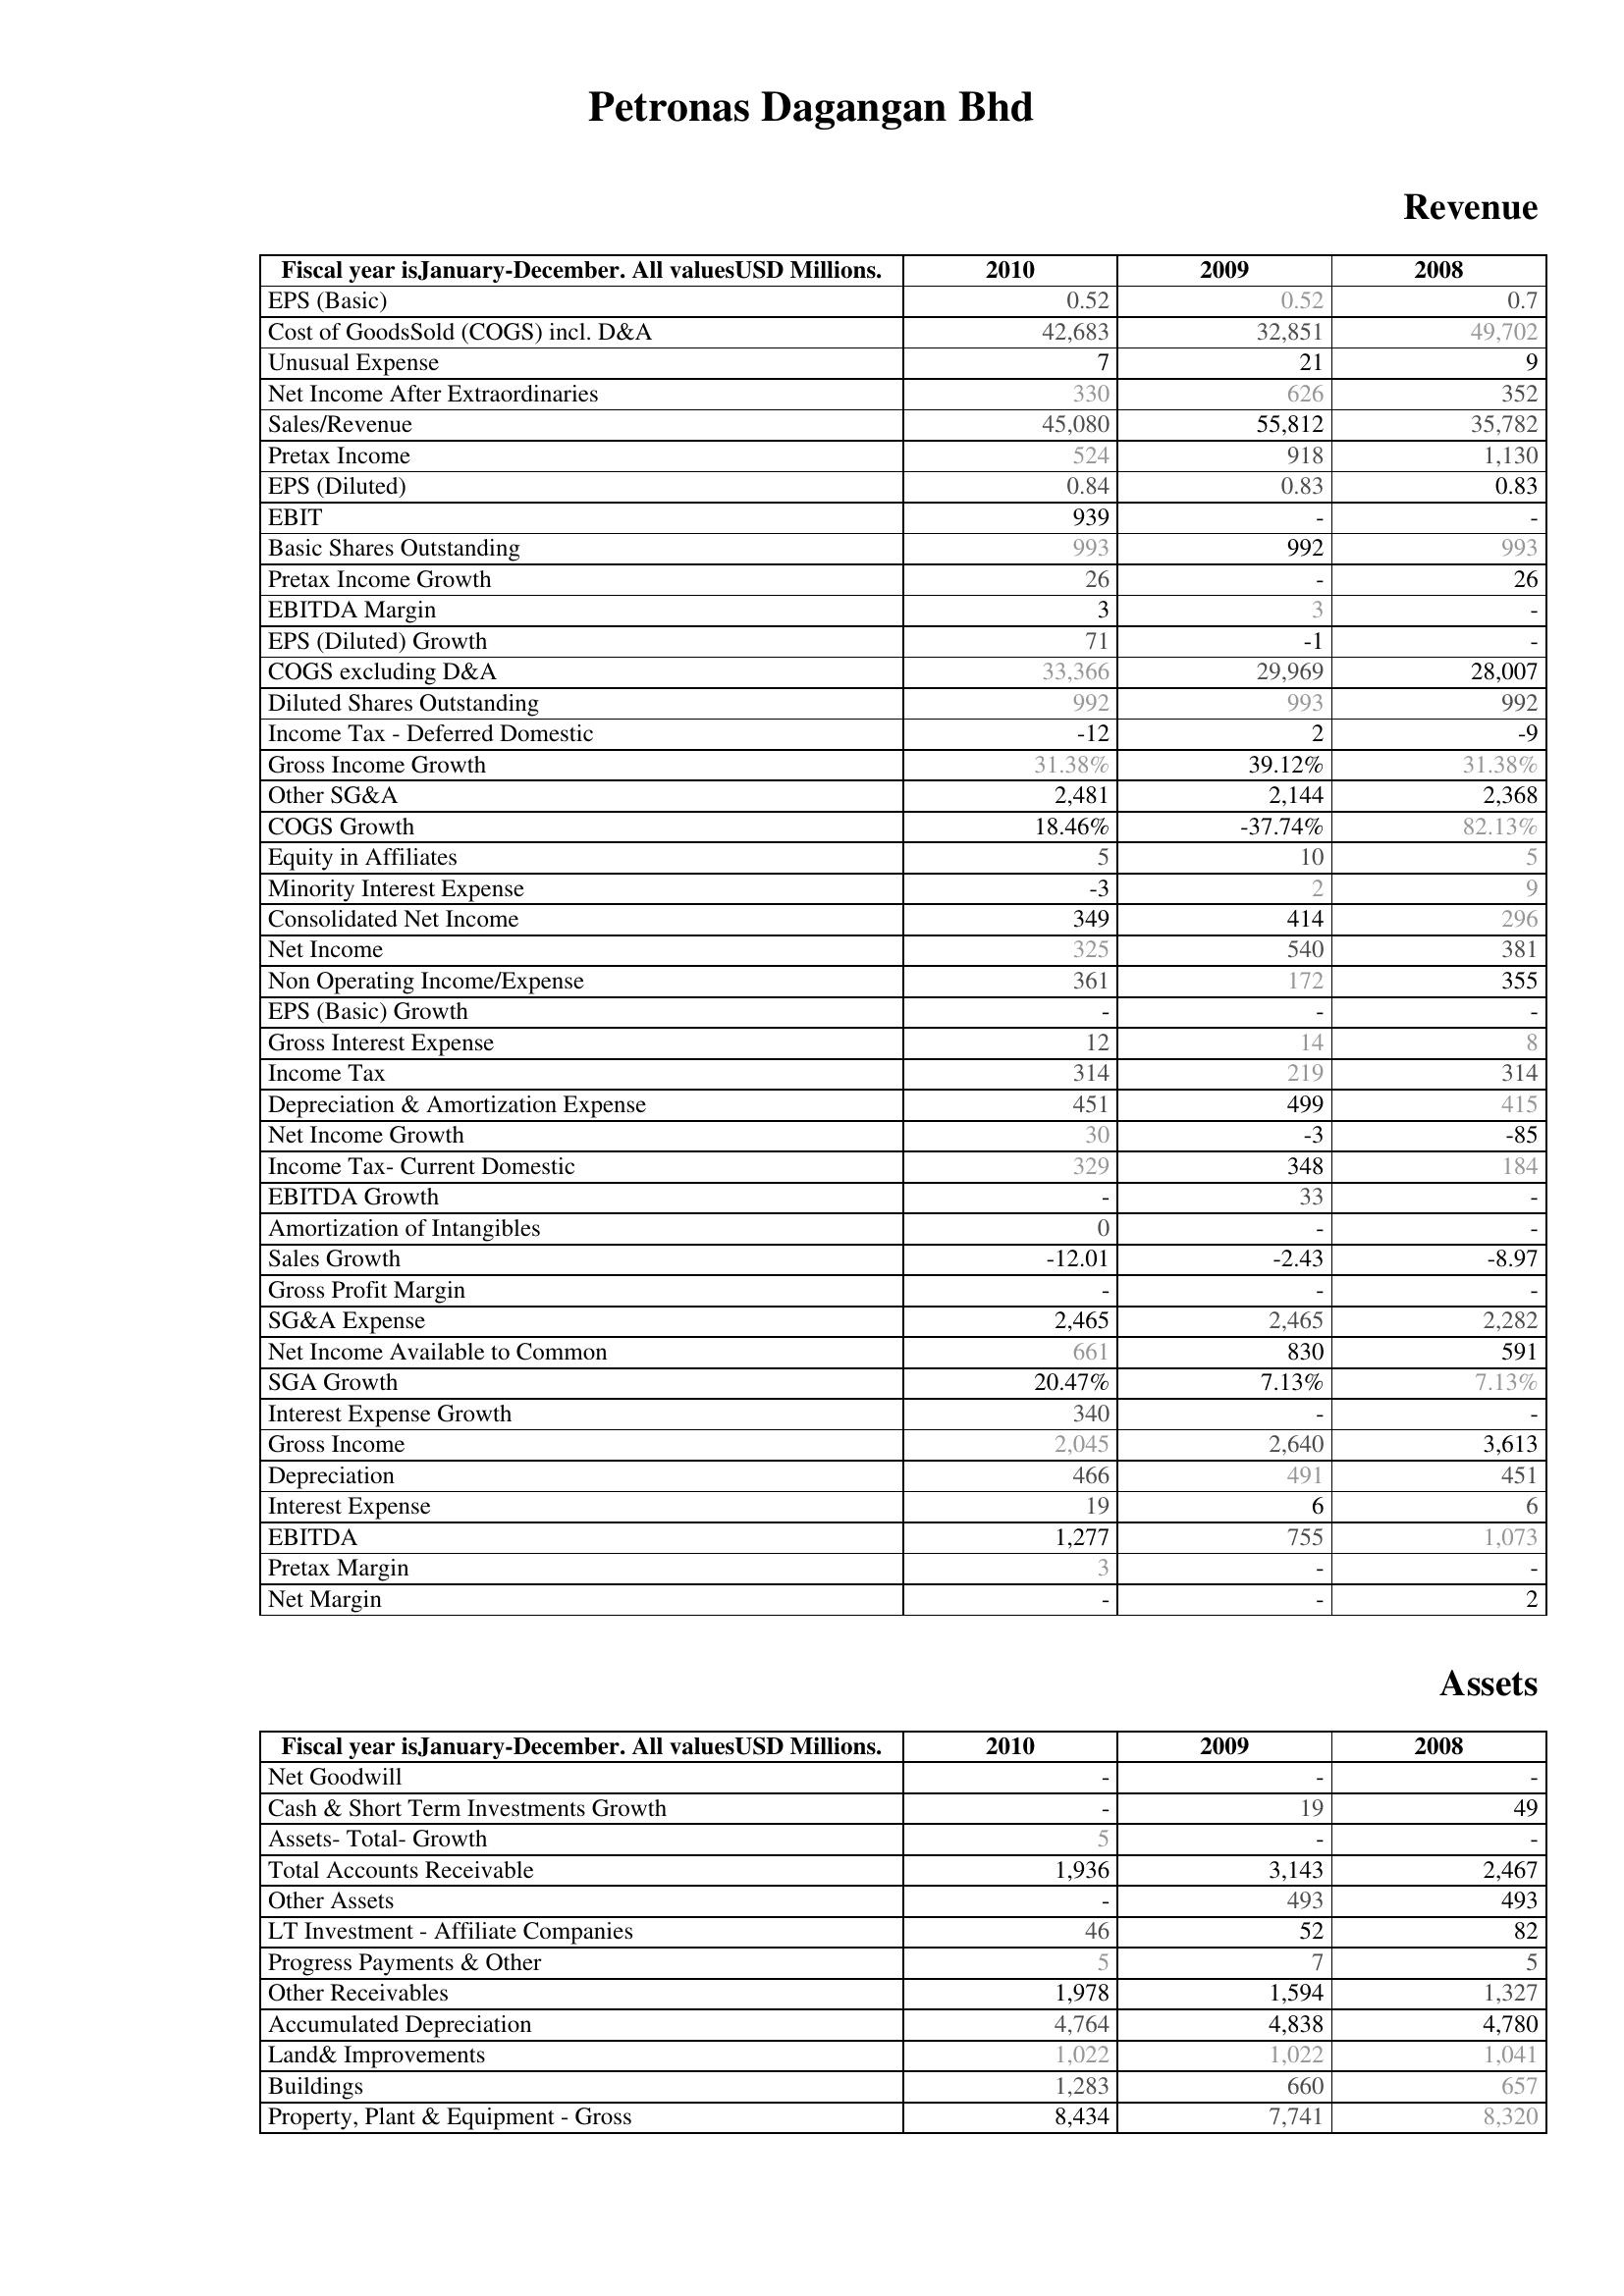
2010: Revenue: EPS (Basic): 0.52
Cost of GoodsSold (COGS) incl. D&A: 42,683
Unusual Expense: 7
Net Income After Extraordinaries: 330
Sales/Revenue: 45,080
Pretax Income: 524
EPS (Diluted): 0.84
EBIT: 939
Basic Shares Outstanding: 993
Pretax Income Growth: 26
EBITDA Margin: 3
EPS (Diluted) Growth: 71
COGS excluding D&A: 33,366
Diluted Shares Outstanding: 992
Income Tax - Deferred Domestic: -12
Gross Income Growth: 31.38%
Other SG&A: 2,481
COGS Growth: 18.46%
Equity in Affiliates: 5
Minority Interest Expense: -3
Consolidated Net Income: 349
Net Income: 325
Non Operating Income/Expense: 361
EPS (Basic) Growth: -
Gross Interest Expense: 12
Income Tax: 314
Depreciation & Amortization Expense: 451
Net Income Growth: 30
Income Tax- Current Domestic: 329
EBITDA Growth: -
Amortization of Intangibles: 0
Sales Growth: -12.01
Gross Profit Margin: -
SG&A Expense: 2,465
Net Income Available to Common: 661
SGA Growth: 20.47%
Interest Expense Growth: 340
Gross Income: 2,045
Depreciation: 466
Interest Expense: 19
EBITDA: 1,277
Pretax Margin: 3
Net Margin: -
Assets: Net Goodwill: -
Cash & Short Term Investments Growth: -
Assets- Total- Growth: 5
Total Accounts Receivable: 1,936
Other Assets: -
LT Investment - Affiliate Companies: 46
Progress Payments & Other: 5
Other Receivables: 1,978
Accumulated Depreciation: 4,764
Land& Improvements: 1,022
Buildings: 1,283
Property, Plant & Equipment - Gross : 8,434
2009: Revenue: EPS (Basic): 0.52
Cost of GoodsSold (COGS) incl. D&A: 32,851
Unusual Expense: 21
Net Income After Extraordinaries: 626
Sales/Revenue: 55,812
Pretax Income: 918
EPS (Diluted): 0.83
EBIT: -
Basic Shares Outstanding: 992
Pretax Income Growth: -
EBITDA Margin: 3
EPS (Diluted) Growth: -1
COGS excluding D&A: 29,969
Diluted Shares Outstanding: 993
Income Tax - Deferred Domestic: 2
Gross Income Growth: 39.12%
Other SG&A: 2,144
COGS Growth: -37.74%
Equity in Affiliates: 10
Minority Interest Expense: 2
Consolidated Net Income: 414
Net Income: 540
Non Operating Income/Expense: 172
EPS (Basic) Growth: -
Gross Interest Expense: 14
Income Tax: 219
Depreciation & Amortization Expense: 499
Net Income Growth: -3
Income Tax- Current Domestic: 348
EBITDA Growth: 33
Amortization of Intangibles: -
Sales Growth: -2.43
Gross Profit Margin: -
SG&A Expense: 2,465
Net Income Available to Common: 830
SGA Growth: 7.13%
Interest Expense Growth: -
Gross Income: 2,640
Depreciation: 491
Interest Expense: 6
EBITDA: 755
Pretax Margin: -
Net Margin: -
Assets: Net Goodwill: -
Cash & Short Term Investments Growth: 19
Assets- Total- Growth: -
Total Accounts Receivable: 3,143
Other Assets: 493
LT Investment - Affiliate Companies: 52
Progress Payments & Other: 7
Other Receivables: 1,594
Accumulated Depreciation: 4,838
Land& Improvements: 1,022
Buildings: 660
Property, Plant & Equipment - Gross : 7,741
2008: Revenue: EPS (Basic): 0.7
Cost of GoodsSold (COGS) incl. D&A: 49,702
Unusual Expense: 9
Net Income After Extraordinaries: 352
Sales/Revenue: 35,782
Pretax Income: 1,130
EPS (Diluted): 0.83
EBIT: -
Basic Shares Outstanding: 993
Pretax Income Growth: 26
EBITDA Margin: -
EPS (Diluted) Growth: -
COGS excluding D&A: 28,007
Diluted Shares Outstanding: 992
Income Tax - Deferred Domestic: -9
Gross Income Growth: 31.38%
Other SG&A: 2,368
COGS Growth: 82.13%
Equity in Affiliates: 5
Minority Interest Expense: 9
Consolidated Net Income: 296
Net Income: 381
Non Operating Income/Expense: 355
EPS (Basic) Growth: -
Gross Interest Expense: 8
Income Tax: 314
Depreciation & Amortization Expense: 415
Net Income Growth: -85
Income Tax- Current Domestic: 184
EBITDA Growth: -
Amortization of Intangibles: -
Sales Growth: -8.97
Gross Profit Margin: -
SG&A Expense: 2,282
Net Income Available to Common: 591
SGA Growth: 7.13%
Interest Expense Growth: -
Gross Income: 3,613
Depreciation: 451
Interest Expense: 6
EBITDA: 1,073
Pretax Margin: -
Net Margin: 2
Assets: Net Goodwill: -
Cash & Short Term Investments Growth: 49
Assets- Total- Growth: -
Total Accounts Receivable: 2,467
Other Assets: 493
LT Investment - Affiliate Companies: 82
Progress Payments & Other: 5
Other Receivables: 1,327
Accumulated Depreciation: 4,780
Land& Improvements: 1,041
Buildings: 657
Property, Plant & Equipment - Gross : 8,320